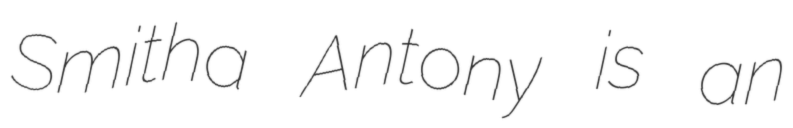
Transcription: Smitha Antony is an